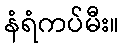
နံရံကပ်မီး။